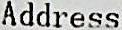
ADDRESS